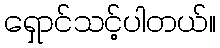
ရှောင်သင့်ပါတယ်။